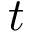
t